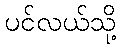
ပင်လယ်သို့